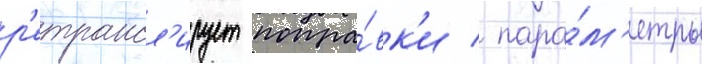
р'етрансл'ирует попра́вк'и / пара́м'етры